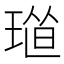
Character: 𤦴